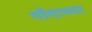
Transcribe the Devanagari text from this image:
गोंदाच्या